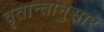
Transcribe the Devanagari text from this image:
वृतान्तानुसार